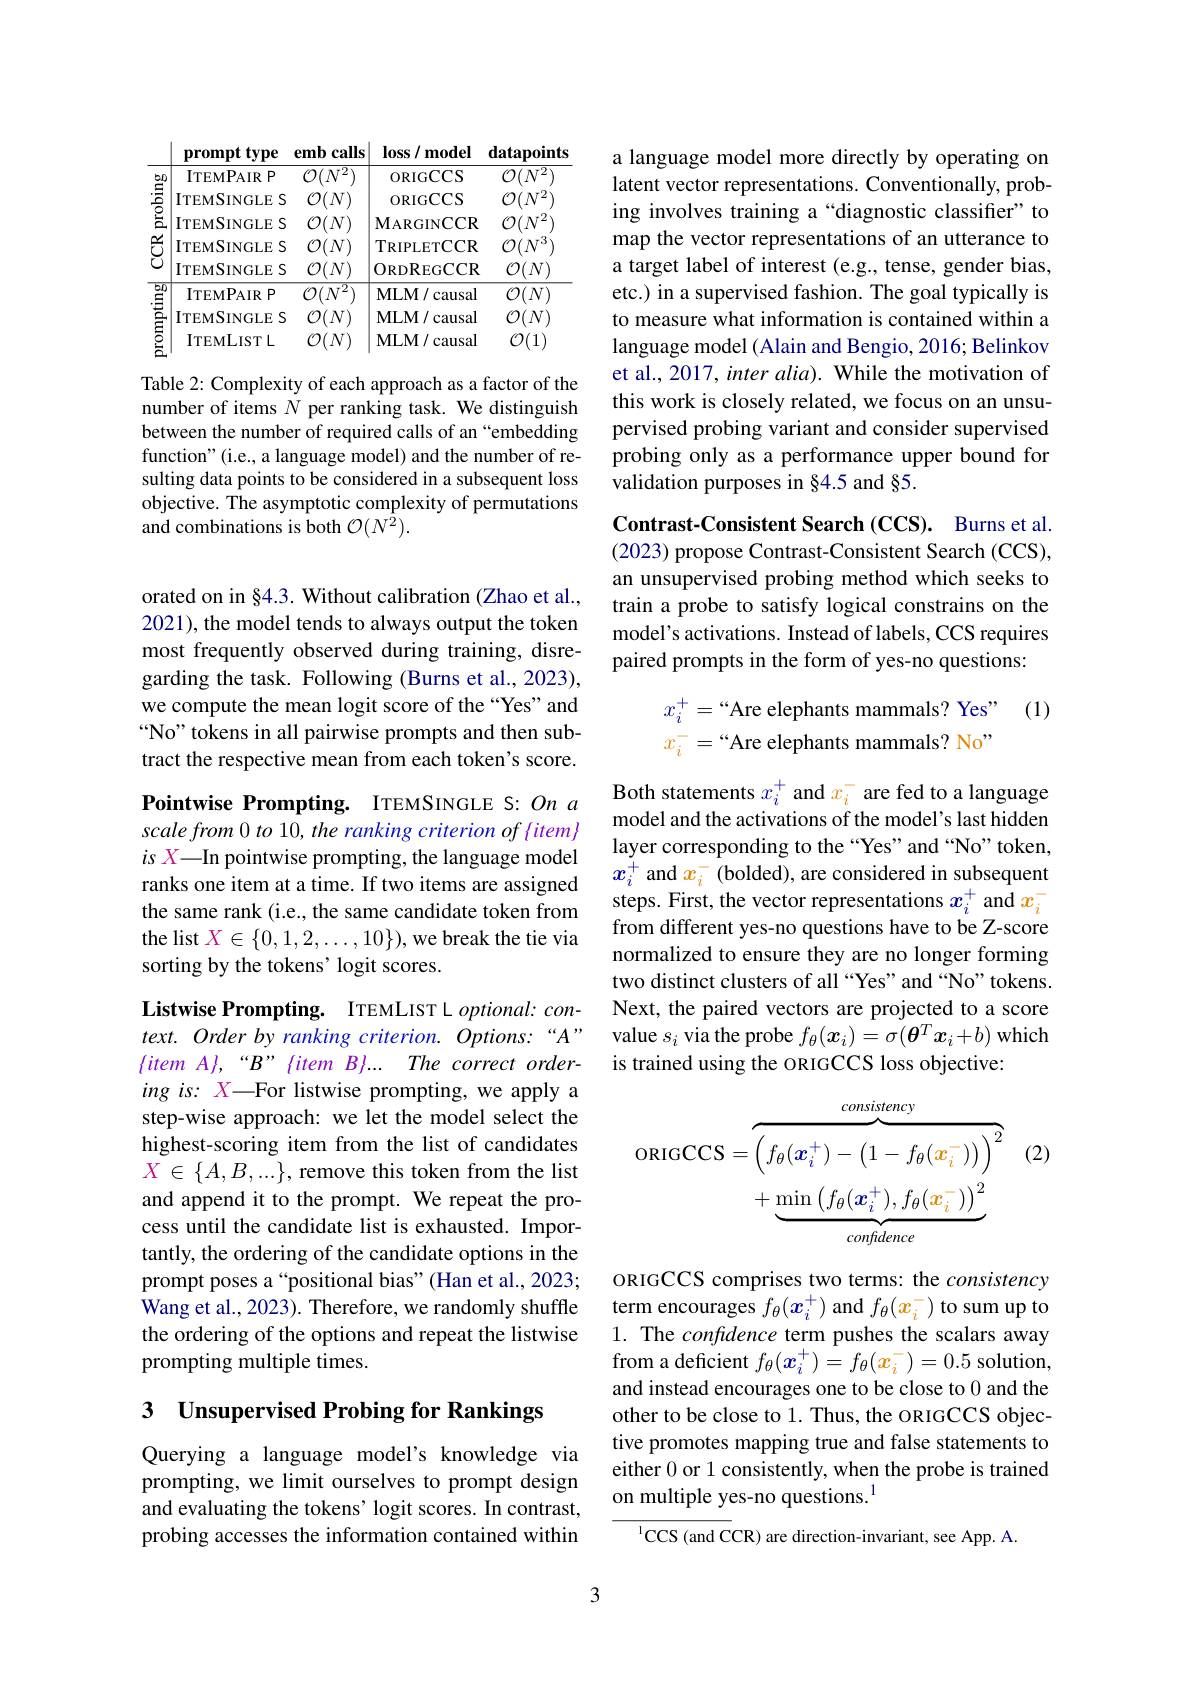
<table>
	<tbody>
		<tr>
			<td>홑</td>
			<td>ITEMPAIRP $^{\prime\prime}$ ITEMSINGLE S $\mathcal{O}$ ITEMSINGLE S $\mathcal{O}$</td>
			<td>ORIGCCS ORIGCCS $\mathbf{M}_{\mathrm{ARGINCCR}}$</td>
			<td>$\mathcal{O}(N^{2}$ $\mathcal{O}(N^{2}$ $\mathcal{O}(.$ $(N^{2}$</td>
		</tr>
		<tr>
			<td>三 L</td>
			<td>ITEMSINGLE $\vdots S$</td>
			<td>$\mathbf{M}_{\mathrm{ARGINCCR}}$</td>
			<td>$\mathcal{O}(N^{2}$</td>
		</tr>
		<tr>
			<td>$ਹੱ$ </td>
			<td>ITEMSINGLE S</td>
			<td>ORDREGCCR</td>
			<td>$\mathcal{O}_{i}$ $N$</td>
		</tr>
		<tr>
			<td>$\overline{b0}$ $\Xi$</td>
			<td>$ITEMPAIRP$ $\mathcal{O}_{\mathrm{i}}$</td>
			<td>MLM/ causal</td>
			<td>$\mathcal{O}($ $N$</td>
		</tr>
		<tr>
			<td>T $ā$ -</td>
			<td>ITEMSINGLE S</td>
			<td>$\mathbf{MLM/}$ $l$causal 1</td>
			<td>$\mathcal{O}_{i}$ $N$</td>
		</tr>
		<tr>
			<td>5 $\Xi$</td>
			<td>ITEMLISTL $\mathcal{O}$</td>
			<td>MLM/ causal</td>
			<td>$\mathcal{O}($ 1</td>
		</tr>
	</tbody>
</table>

Table 2: Complexity of each approach as a factor of the number of items $N$ per ranking task. We distinguish between the number of required calls of an “embedding function"(i.e., a language model) and the number of resulting data points to be considered in a subsequent loss objective. The asymptotic complexity of permutations and combinations is both $\mathcal{O}(N^{\bar{2}}).$

orated on in §4.3. Without calibration (Zhao et al., 2021), the model tends to always output the token most frequently observed during training, disregarding the task. Following (Burns et al., 2023), we compute the mean logit score of the “Yes” and “No" tokens in all pairwise prompts and then subtract the respective mean from each token's score.

Pointwise Prompting. ITEMSINGLE S: On a $scale\textit{from 0 to 10, the ranking criterion of \{ item\} }$ $is\textit{ X— In pointwise prompting, the language model}$ ranks one item at a time. If two items are assigned the same rank (i.e., the same candidate token from the list $X\in\{0,1,2,\ldots,10\})$, we break the tie via sorting by the tokens' logit scores.

Listwise Prompting. ITEMLIST L $optional:con-$ $text. Orderby\textit{ranking criterion. Options: “ A” }$ $\{ itemA\} , “ B” \{ itemB\} . . .$ The correct ordering is: X—For listwise prompting, we apply a step-wise approach: we let the model select the highest-scoring item from the list of candidates $X\in\{A,B,...\}$, remove this token from the list and append it to the prompt. We repeat the process until the candidate list is exhausted. Importantly, the ordering of the candidate options in the prompt poses a“positional bias”(Han et al., 2023; Wang et al., 2023). Therefore, we randomly shuffle the ordering of the options and repeat the listwise prompting multiple times.

# 3 Unsupervised Probing for Rankings

Querying a language model's knowledge via prompting, we limit ourselves to prompt design and evaluating the tokens' logit scores. In contrast, probing accesses the information contained within

a language model more directly by operating on latent vector representations. Conventionally, probing involves training a“diagnostic classifier”to map the vector representations of an utterance to a target label of interest (e.g., tense, gender bias, etc.) in a supervised fashion. The goal typically is to measure what information is contained within a language model (Alain and Bengio, 2016; Belinkov et al., 2017, inter alia). While the motivation of this work is closely related, we focus on an unsupervised probing variant and consider supervised probing only as a performance upper bound for validation purposes in §4.5 and §5.

Contrast-Consistent Search (CCS). Burns et al. (2023) propose Contrast-Consistent Search (CCS), an unsupervised probing method which seeks to train a probe to satisfy logical constrains on the model's activations. Instead of labels, CCS requires paired prompts in the form of yes-no questions:

(1)
$$x_{i}^{+}=\text{“Are elephants mammals? Yes”}\\x_{i}^{-}=\text{“Are elephants mammals? No”}$$
Both statements $x_i^+$ and $x_i^-$ are fed to a language model and the activations of the model's last hidden layer corresponding to the “Yes”and“No”token, $x_i^+$ and $x_i^-$ (bolded), are considered in subsequent steps. First, the vector representations $x_i^+$ and $x_i^-$ from different yes-no questions have to be Z-score normalized to ensure they are no longer forming two distinct clusters of all “Yes” and “No" tokens. Next, the paired vectors are projected to a score value $s_i$ via the probe $f_\theta(\boldsymbol{x}_i)=\sigma(\boldsymbol{\theta}^T\boldsymbol{x}_i+b)$ which is trained using the ORIGCCS loss objective:

(2)
$$\begin{aligned}\text{ORIGCCS}&=\overbrace{\left(f_\theta(\boldsymbol{x}_i^+)-\left(1-f_\theta(\boldsymbol{x}_i^-)\right)\right)^2}^{consistency}\\&+\underbrace{\min\left(f_\theta(\boldsymbol{x}_i^+),f_\theta(\boldsymbol{x}_i^-)\right)^2}_{confidence}\end{aligned}$$
ORIGCCS comprises two terms: the consistency term encourages $f_\theta(x_i^+)$ and $f_\theta(x_i^-)$ to sum up to 1. The confidence term pushes the scalars away from a deficient $f_\theta(x_i^+)=f_\theta(x_i^-)=0.5$ solution, and instead encourages one to be close to 0 and the other to be close to 1. Thus, the ORIGCCS objective promotes mapping true and false statements to either 0 or 1 consistently, when the probe is trained on multiple yes-no questions.$^{1}$

$^{1}$CCS (and CCR) are direction-invariant, see App. A.

3